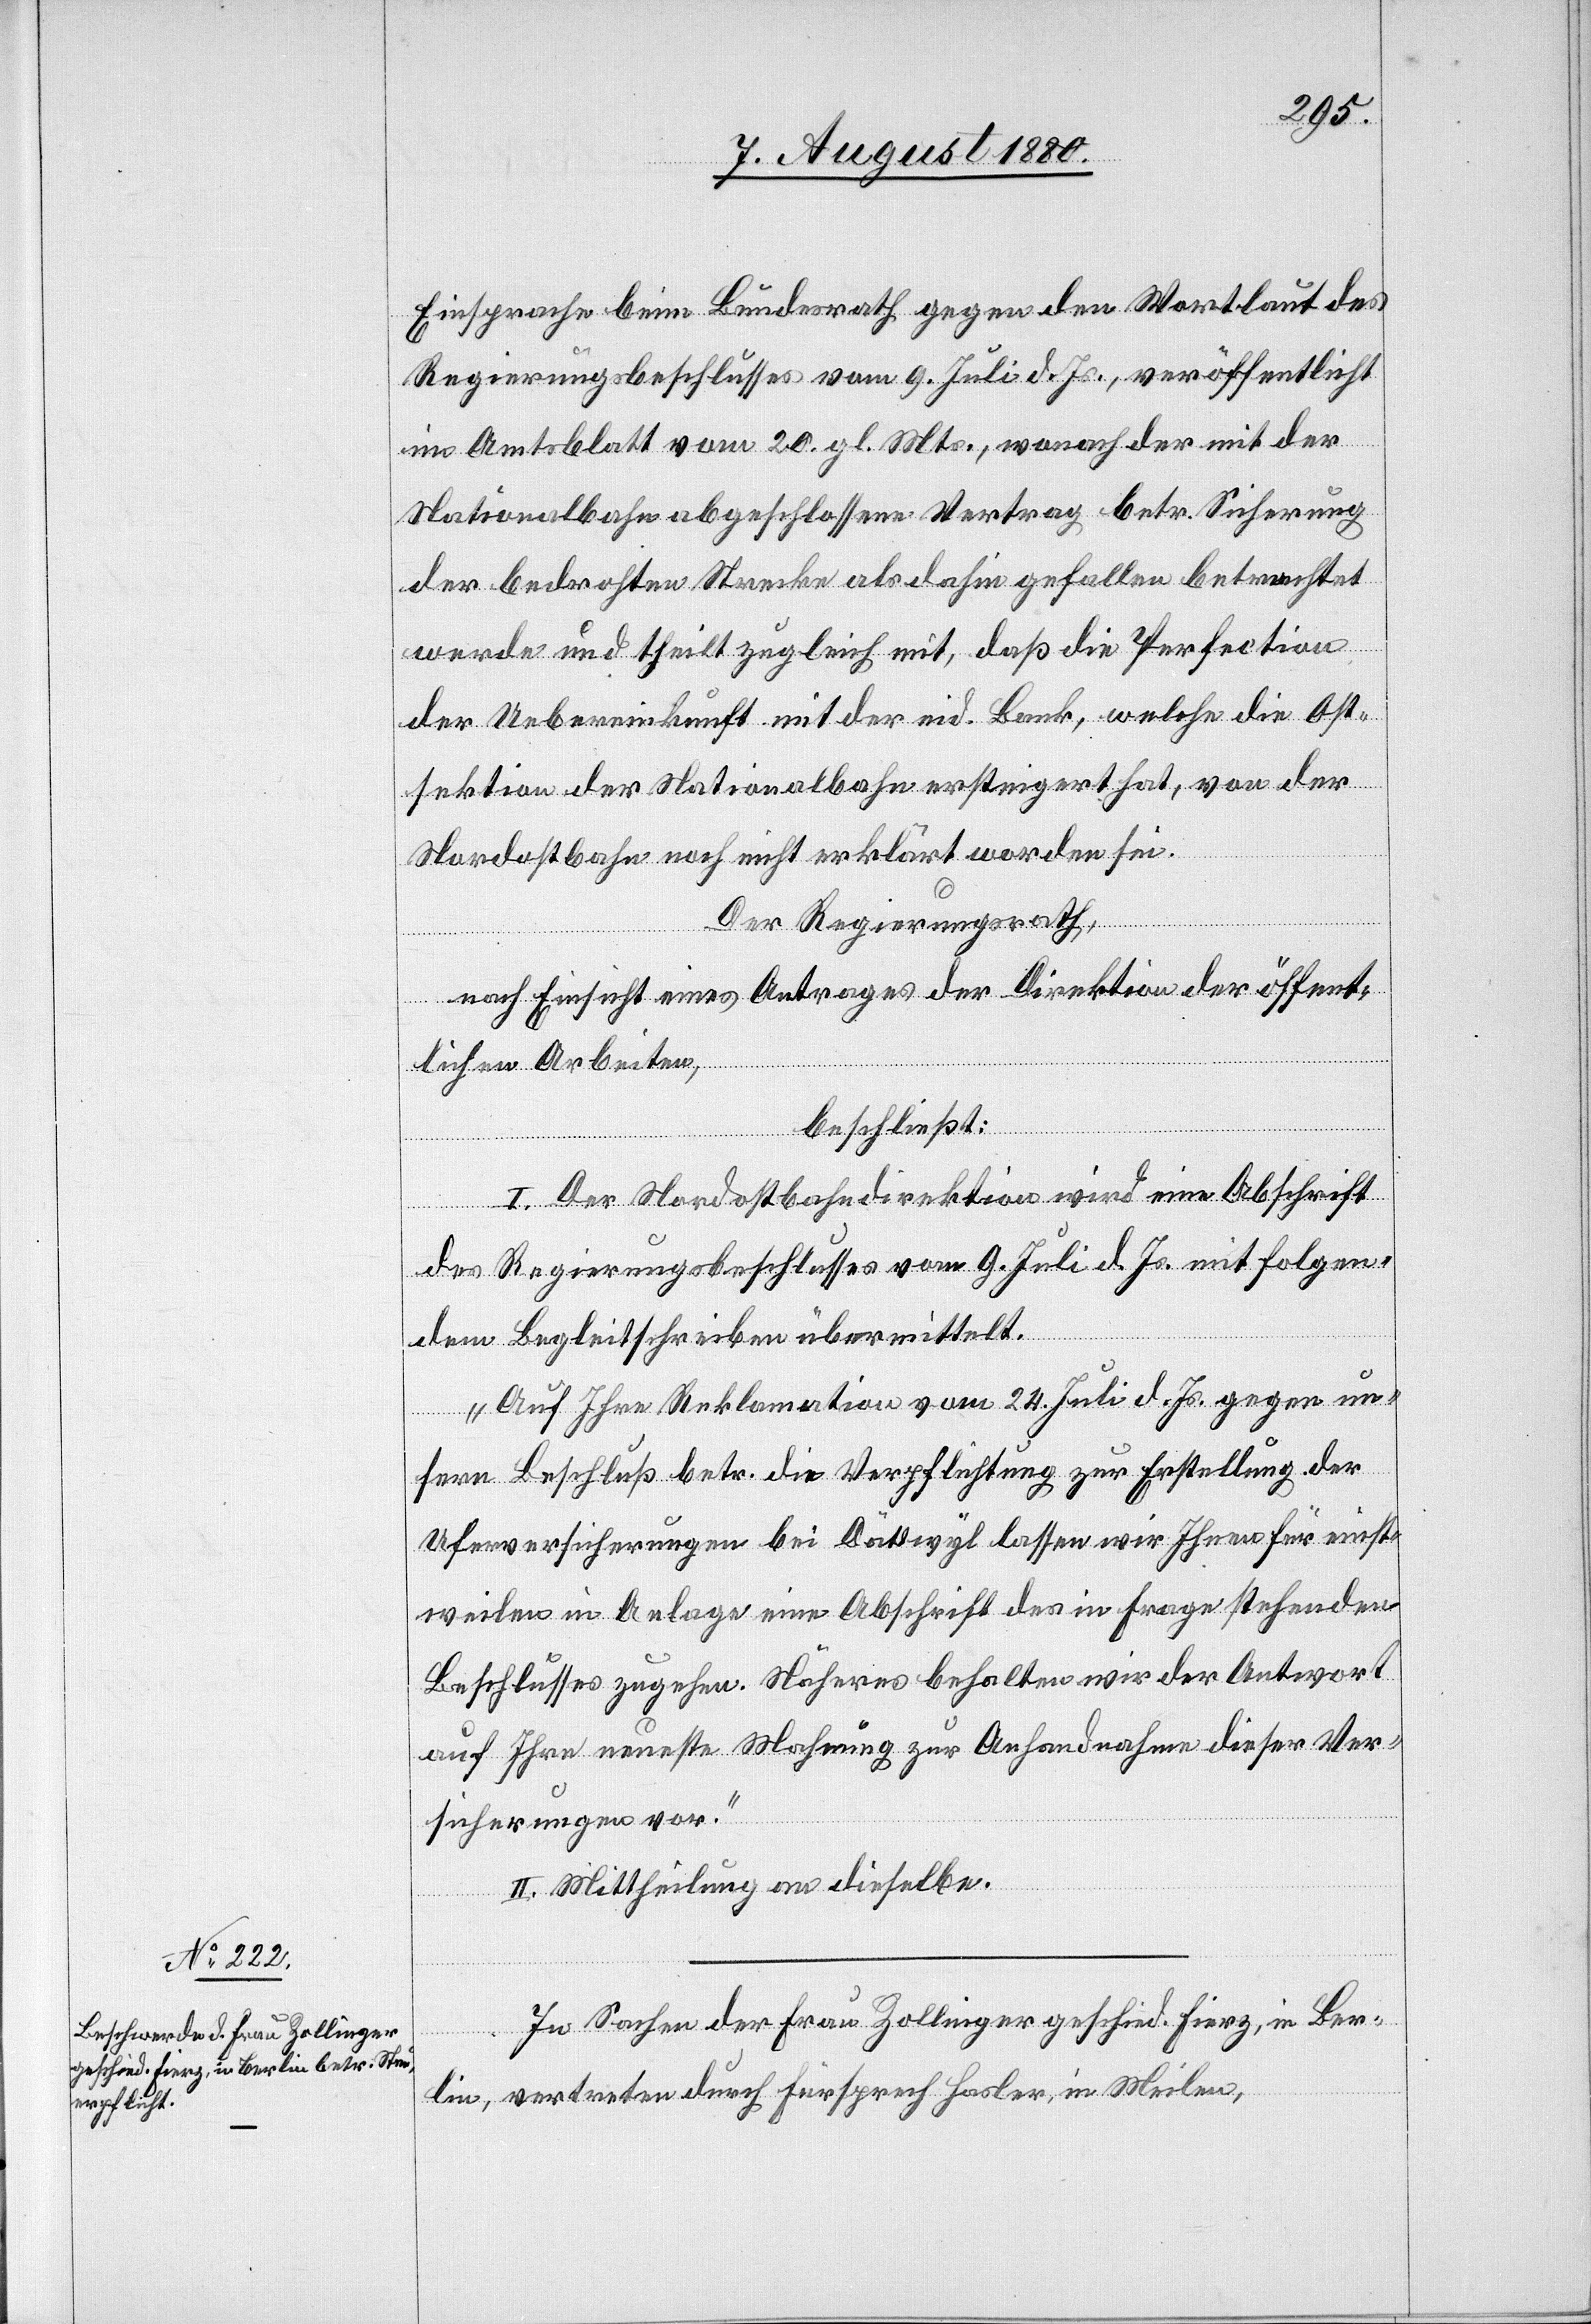
Einsprache beim Bundesrath gegen den Wortlaut des
Regierungsbeschlusses vom 9. Juli d. Js., veröffentlicht
im Amtsblatt vom 20. gl. Mts., wonach der mit der
Nationalbahn abgeschlossene Vertrag betr. Sicherung
der bedrohten Strecke als dahin gefallen betrachtet
wurde und theilt zugleich mit, daß die Perfection
der Uebereinkunft mit der eid. Bank, welche die Ost¬
sektion der Nationalbahn ersteigert hat, von der
Nordostbahn noch nicht erklärt worden sei.
Der Regierungsrath,
nach Einsicht eines Antrages der Direktion der öffent¬
lichen Arbeiten,
beschließt:
I. Der Nordostbahndirektion wird eine Abschrift
des Regierungsbeschlusses vom 9. Juli d. Js. mit folgen¬
dem Begleitschreiben übermittelt.
„Auf Ihre Reklamation vom 24. Juli d. Js. gegen un¬
sern Beschluß betr. die Verpflichtung zur Erstellung der
Uferversicherungen bei Dättwyl lassen wir Ihnen für einst¬
weilen in Anlage eine Abschrift des in Frage stehenden
Beschlusses zugehen. Näheres behalten wir der Antwort
auf Ihre neueste Mahnung zur Anhandnahme dieser Ver¬
sicherungen vor.“
II. Mittheilung an dieselbe.
In Sachen der Frau Zollinger geschied. Fierz, in Ber¬
lin, vertreten durch Fürsprech Hasler, in Meilen,